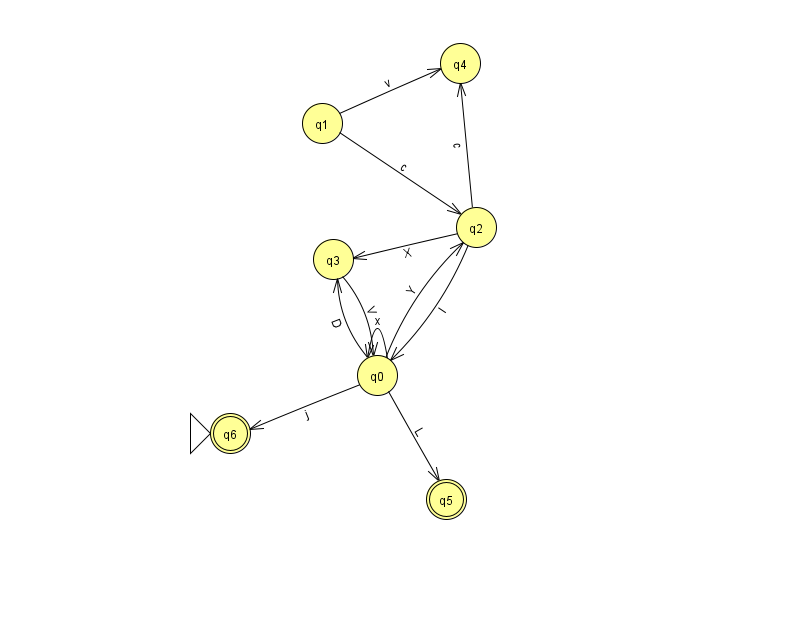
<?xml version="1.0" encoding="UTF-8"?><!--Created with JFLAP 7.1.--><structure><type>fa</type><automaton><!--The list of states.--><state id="0" name="q0"><x>377.0</x><y>362.0</y></state><state id="1" name="q1"><x>322.0</x><y>110.0</y></state><state id="2" name="q2"><x>476.0</x><y>214.0</y></state><state id="3" name="q3"><x>333.0</x><y>246.0</y></state><state id="4" name="q4"><x>460.0</x><y>50.0</y></state><state id="5" name="q5"><x>446.0</x><y>486.0</y><final/></state><state id="6" name="q6"><x>230.0</x><y>420.0</y><initial/><final/></state><!--The list of transitions.--><transition><from>1</from><to>4</to><read>v</read></transition><transition><from>2</from><to>3</to><read>X</read></transition><transition><from>0</from><to>0</to><read>x</read></transition><transition><from>1</from><to>2</to><read>c</read></transition><transition><from>0</from><to>3</to><read>D</read></transition><transition><from>3</from><to>0</to><read>V</read></transition><transition><from>0</from><to>5</to><read>L</read></transition><transition><from>0</from><to>2</to><read>Y</read></transition><transition><from>2</from><to>0</to><read>I</read></transition><transition><from>0</from><to>6</to><read>j</read></transition><transition><from>2</from><to>4</to><read>c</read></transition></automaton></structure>